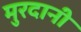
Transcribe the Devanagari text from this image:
मुरदानी